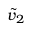
\tilde { v } _ { 2 }